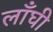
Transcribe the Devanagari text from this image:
लाँघी